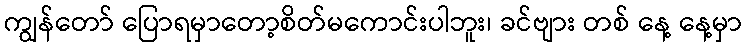
ကျွန်တော် ပြောရမှာတော့စိတ်မကောင်းပါဘူး၊ ခင်ဗျား တစ် နေ့ နေ့မှာ